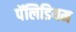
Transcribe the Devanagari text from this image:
पॅलिडियम